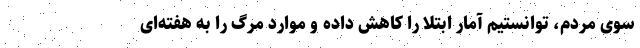
سوی مردم، توانستیم آمار ابتلا را کاهش داده و موارد مرگ را به هفته‌ای